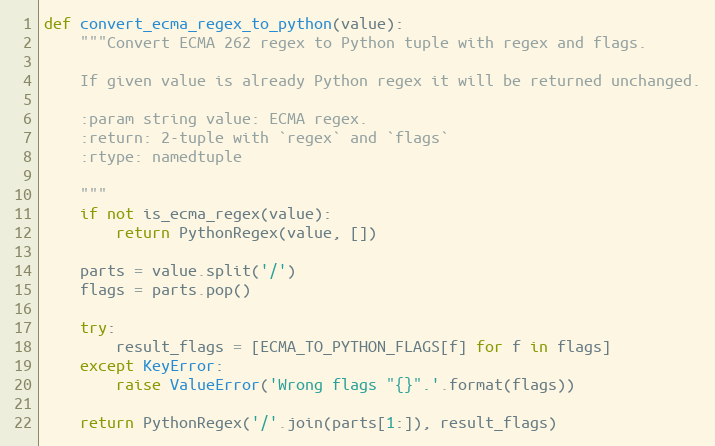
Language: Python
def convert_ecma_regex_to_python(value):
    """Convert ECMA 262 regex to Python tuple with regex and flags.

    If given value is already Python regex it will be returned unchanged.

    :param string value: ECMA regex.
    :return: 2-tuple with `regex` and `flags`
    :rtype: namedtuple

    """
    if not is_ecma_regex(value):
        return PythonRegex(value, [])

    parts = value.split('/')
    flags = parts.pop()

    try:
        result_flags = [ECMA_TO_PYTHON_FLAGS[f] for f in flags]
    except KeyError:
        raise ValueError('Wrong flags "{}".'.format(flags))

    return PythonRegex('/'.join(parts[1:]), result_flags)